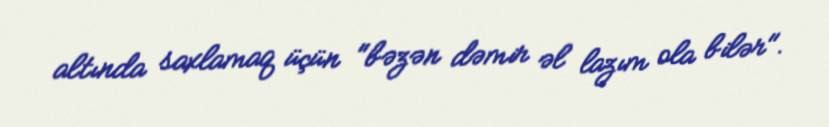
altında saxlamaq üçün "bəzən dəmir əl lazım ola bilər".